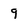
Character: 9